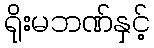
ရိုးမဘဏ်နှင့်